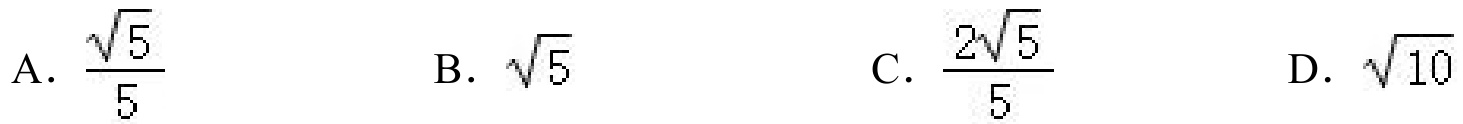
A. \(\dfrac{\sqrt{5}}{5}\)  B. \(\sqrt{5}\)  C. \(\dfrac{2\sqrt{5}}{5}\)  D. \(\sqrt{10}\)